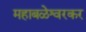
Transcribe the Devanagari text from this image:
महाबळेश्वरकर